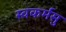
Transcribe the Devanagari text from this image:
स्वकर्मसु